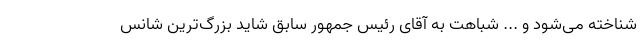
شناخته می‌شود و ... شباهت به آقای رئیس جمهور سابق شاید بزرگ‌ترین شانس